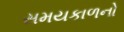
સમયકાળનો